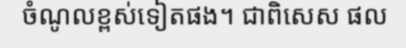
ចំណូលខ្ពស់ទៀតផង។ ជាពិសេស ផល